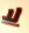
لا